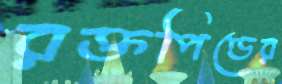
রক্তপিণ্ডের